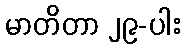
မာတိတာ ၂၉-ပါး